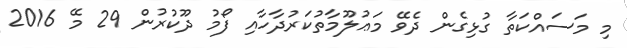
މި މަސައްކަތާ ގުޅިގެން ދެވޭ މަޢުލޫމާތުކަރުދާހާއި ފޯމު ދޫކުރުން 29 މޭ 2016